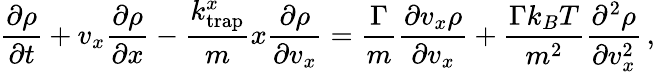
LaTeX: \frac{\partial\rho}{\partial t}+v_{x}\frac{\partial\rho}{\partial x}-\frac{k_{\mathrm{trap}}^{x}}{m}x\frac{\partial\rho}{\partial v_{x}}=\frac{\Gamma}{m}\frac{\partial v_{x}\rho}{\partial v_{x}}+\frac{\Gamma k_{B}T}{m^{2}}\frac{\partial^{2}\rho}{\partial v_{x}^{2}}\, ,